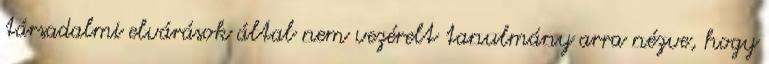
társadalmi elvárások által nem vezérelt tanulmány arra nézve, hogy